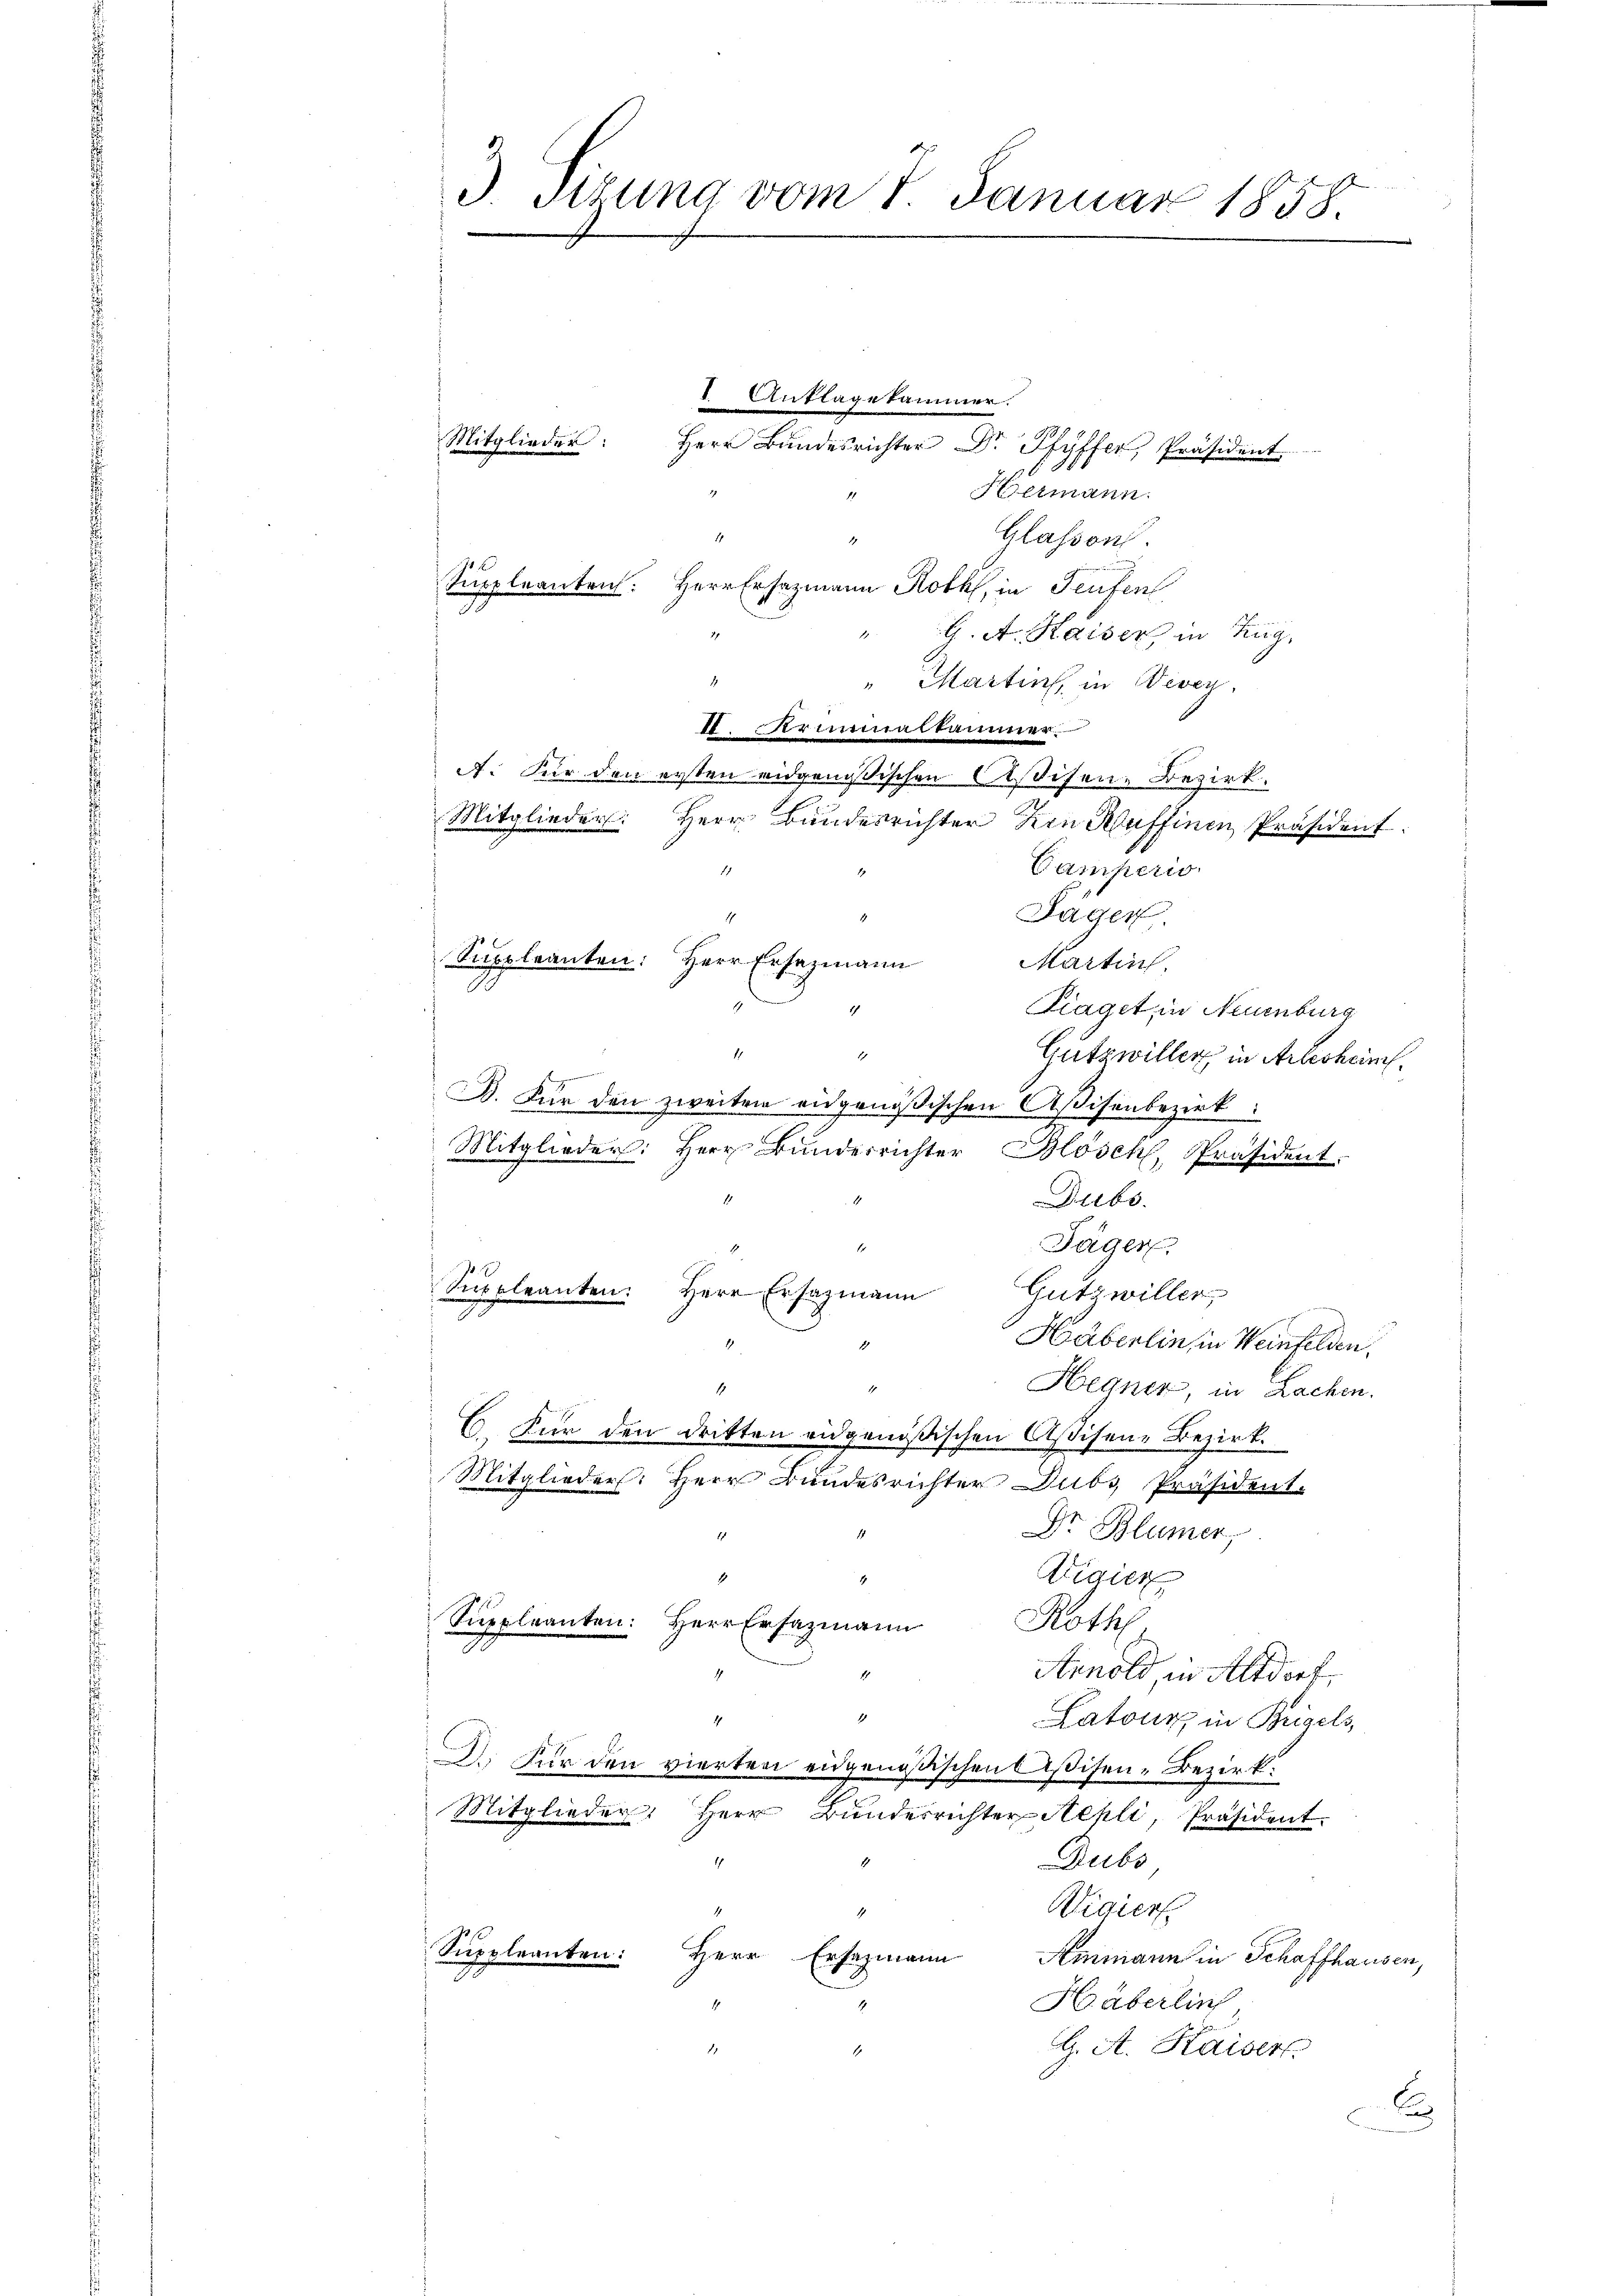
J. Situng vom 1. Januar 1858.

I Anklagekammer.
Mitglieder:
1

11

Herr Bundesrichter Dr. Pfyffer, Präsident.
8
Hermann.
Glassen.
.
Suppleanten: Herr Erhazmann Roth, in Teufen
" G. A. Kaiser, in Zug,
.
"Martin, in Werey
I.Ariminalkammer
A. Für den ersten eidgenößischen Visiten-Bezirk.
Mitglieder: Herr Bundesrichter den Kuffinen Präsident.
Camperio
1
Jäger
1
.
Suppleanten: Herr Ersazmann
Martin
.
Klaget in Neuenburg
1
Gutzwiller in Arlesheim.
.
B. Für den zweiten eidgenößischen Aßisenbezirk
Mitglieder: Herr Bunderrichter Blösch, Präsident.
Dubs.
Jäger,
Suppleanten. Herr Ersatzmann
Gutzwiller
Häberlin in Weinfelden.
1
4
Hegner, in Lachen.
C. Für den dritten eidgenößischen Assisene Bezirk.
Mitglieder: Herr Bundesrichter Dubs, Präsident.
Dr Blümer,
4
Wigier
.
Suppleanten: Herr Ersazmann
Not
2.
Arnold, in Altdorf
1
4
Latour, in Bügels,
D. Für den vierten eidgenößischen Caßisen-Bezirk
Mitglieder: Herr Bŭndesrichter Aepli, Präsident.
Dubs
Wiaiers
Suppleanten:
Herr Ersazmann
Ammann in Schaffhausen,
.
Häberlich
. A. Kaiser
S